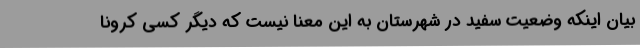
بیان اینکه وضعیت سفید در شهرستان به این معنا نیست که دیگر کسی کرونا